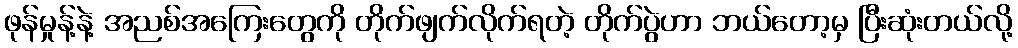
ဖုန်မှုန့်နဲ့ အညစ်အကြေးတွေကို တိုက်ဖျက်လိုက်ရတဲ့ တိုက်ပွဲဟာ ဘယ်တော့မှ ပြီးဆုံးတယ်လို့